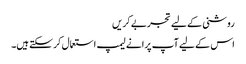
روشنی کے لیے تجربے کریں
اس کے لیے آپ پرانے لیمپ استعمال کر سکتے ہیں۔